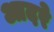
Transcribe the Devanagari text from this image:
आदरे